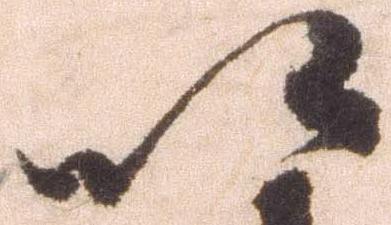
以